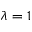
\lambda = 1